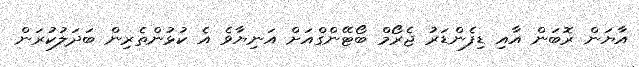
އާޔަން ރޮބަން އާއި ޑިފެންޑަރު ޖެރޯމް ބޯޓޭންގްއަށް އަނިޔާވެ އެ ކުޅުންތެރިން ބަދަލުކުރަން